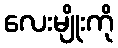
လေးမျိုးကို